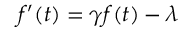
f ^ { \prime } ( t ) = \gamma f ( t ) - \lambda